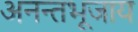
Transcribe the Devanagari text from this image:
अनन्तभूजाय